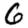
Digit: 6